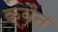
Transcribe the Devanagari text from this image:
क्वैन